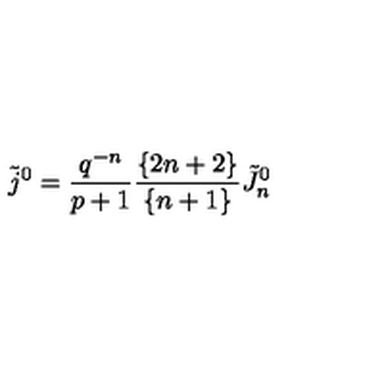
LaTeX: \tilde { j } ^ { 0 } = { \frac { q ^ { - n } } { p + 1 } } { \frac { \{ 2 n + 2 \} } { \{ n + 1 \} } } \tilde { J } _ { n } ^ { 0 }